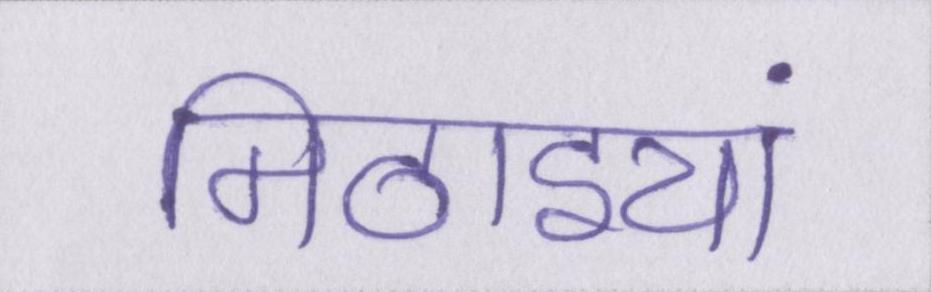
मिठाइयां